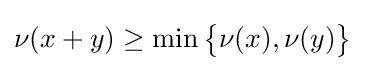
\nu (x+y)\geq \min {\big \{}\nu (x),\nu (y){\big \}}